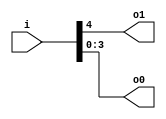
module v91f34c_v9a2a06 (
 input [4:0] i,
 output o1,
 output [3:0] o0
);
 assign o1 = i[4];
 assign o0 = i[3:0];
endmodule